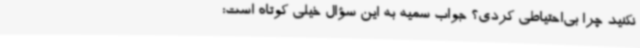
نکنید چرا بی‌احتیاطی کردی؟ جواب سمیه به این سؤال خیلی کوتاه است: